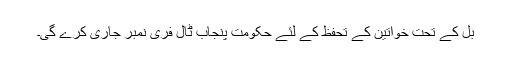
بل کے تحت خواتین کے تحفظ کے لئے حکومت پنجاب ٹال فری نمبر جاری کرے گی۔